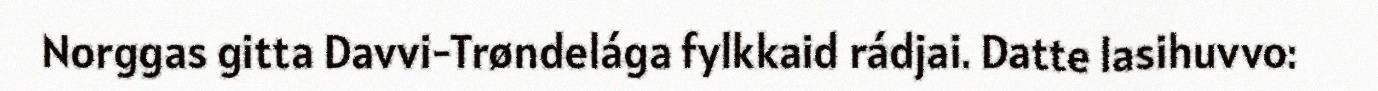
Norggas gitta Davvi-Trøndelága fylkkaid rádjai. Datte lasihuvvo: